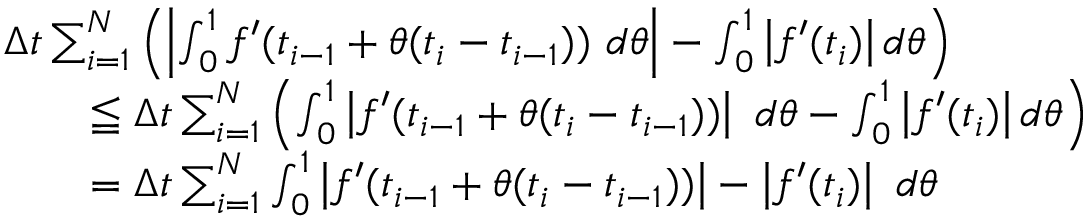
{ \begin{array} { r l } & { \Delta t \sum _ { i = 1 } ^ { N } \left( \left| \int _ { 0 } ^ { 1 } f ^ { \prime } ( t _ { i - 1 } + \theta ( t _ { i } - t _ { i - 1 } ) ) \ d \theta \right| - \int _ { 0 } ^ { 1 } \left| f ^ { \prime } ( t _ { i } ) \right| d \theta \right) } \\ & { \qquad \leqq \Delta t \sum _ { i = 1 } ^ { N } \left( \int _ { 0 } ^ { 1 } \left| f ^ { \prime } ( t _ { i - 1 } + \theta ( t _ { i } - t _ { i - 1 } ) ) \right| \ d \theta - \int _ { 0 } ^ { 1 } \left| f ^ { \prime } ( t _ { i } ) \right| d \theta \right) } \\ & { \qquad = \Delta t \sum _ { i = 1 } ^ { N } \int _ { 0 } ^ { 1 } \left| f ^ { \prime } ( t _ { i - 1 } + \theta ( t _ { i } - t _ { i - 1 } ) ) \right| - \left| f ^ { \prime } ( t _ { i } ) \right| \ d \theta } \end{array} }